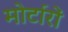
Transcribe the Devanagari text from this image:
मोर्टारों